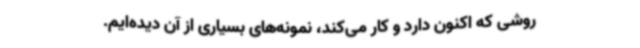
روشی که اکنون دارد و کار می‌کند، نمونه‌های بسیاری از آن دیده‌ایم.